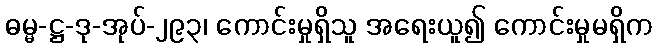
ဓမ္မ-ဋ္ဌ-ဒု-အုပ်-၂၉၃၊ ကောင်းမှုရှိသူ အရေးယူ၍ ကောင်းမှုမရှိက